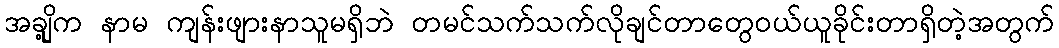
အချို့က နာမ ကျန်းဖျားနာသူမရှိဘဲ တမင်သက်သက်လိုချင်တာတွေဝယ်ယူခိုင်းတာရှိတဲ့အတွက်